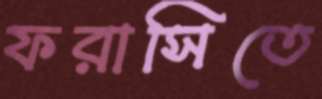
ফরাসিতে